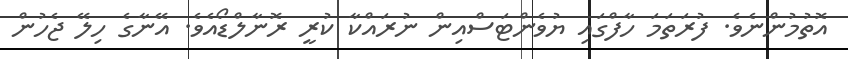
އޮތުމުންނެވެ. ފުރަތަމަ ހާފްގައި ޔުވެންޓަސްއިން ނުރައްކާ ކުރީ ރޮނާލްޑޯއެވެ. އޭނާގެ ހިލޭ ޖެހުން